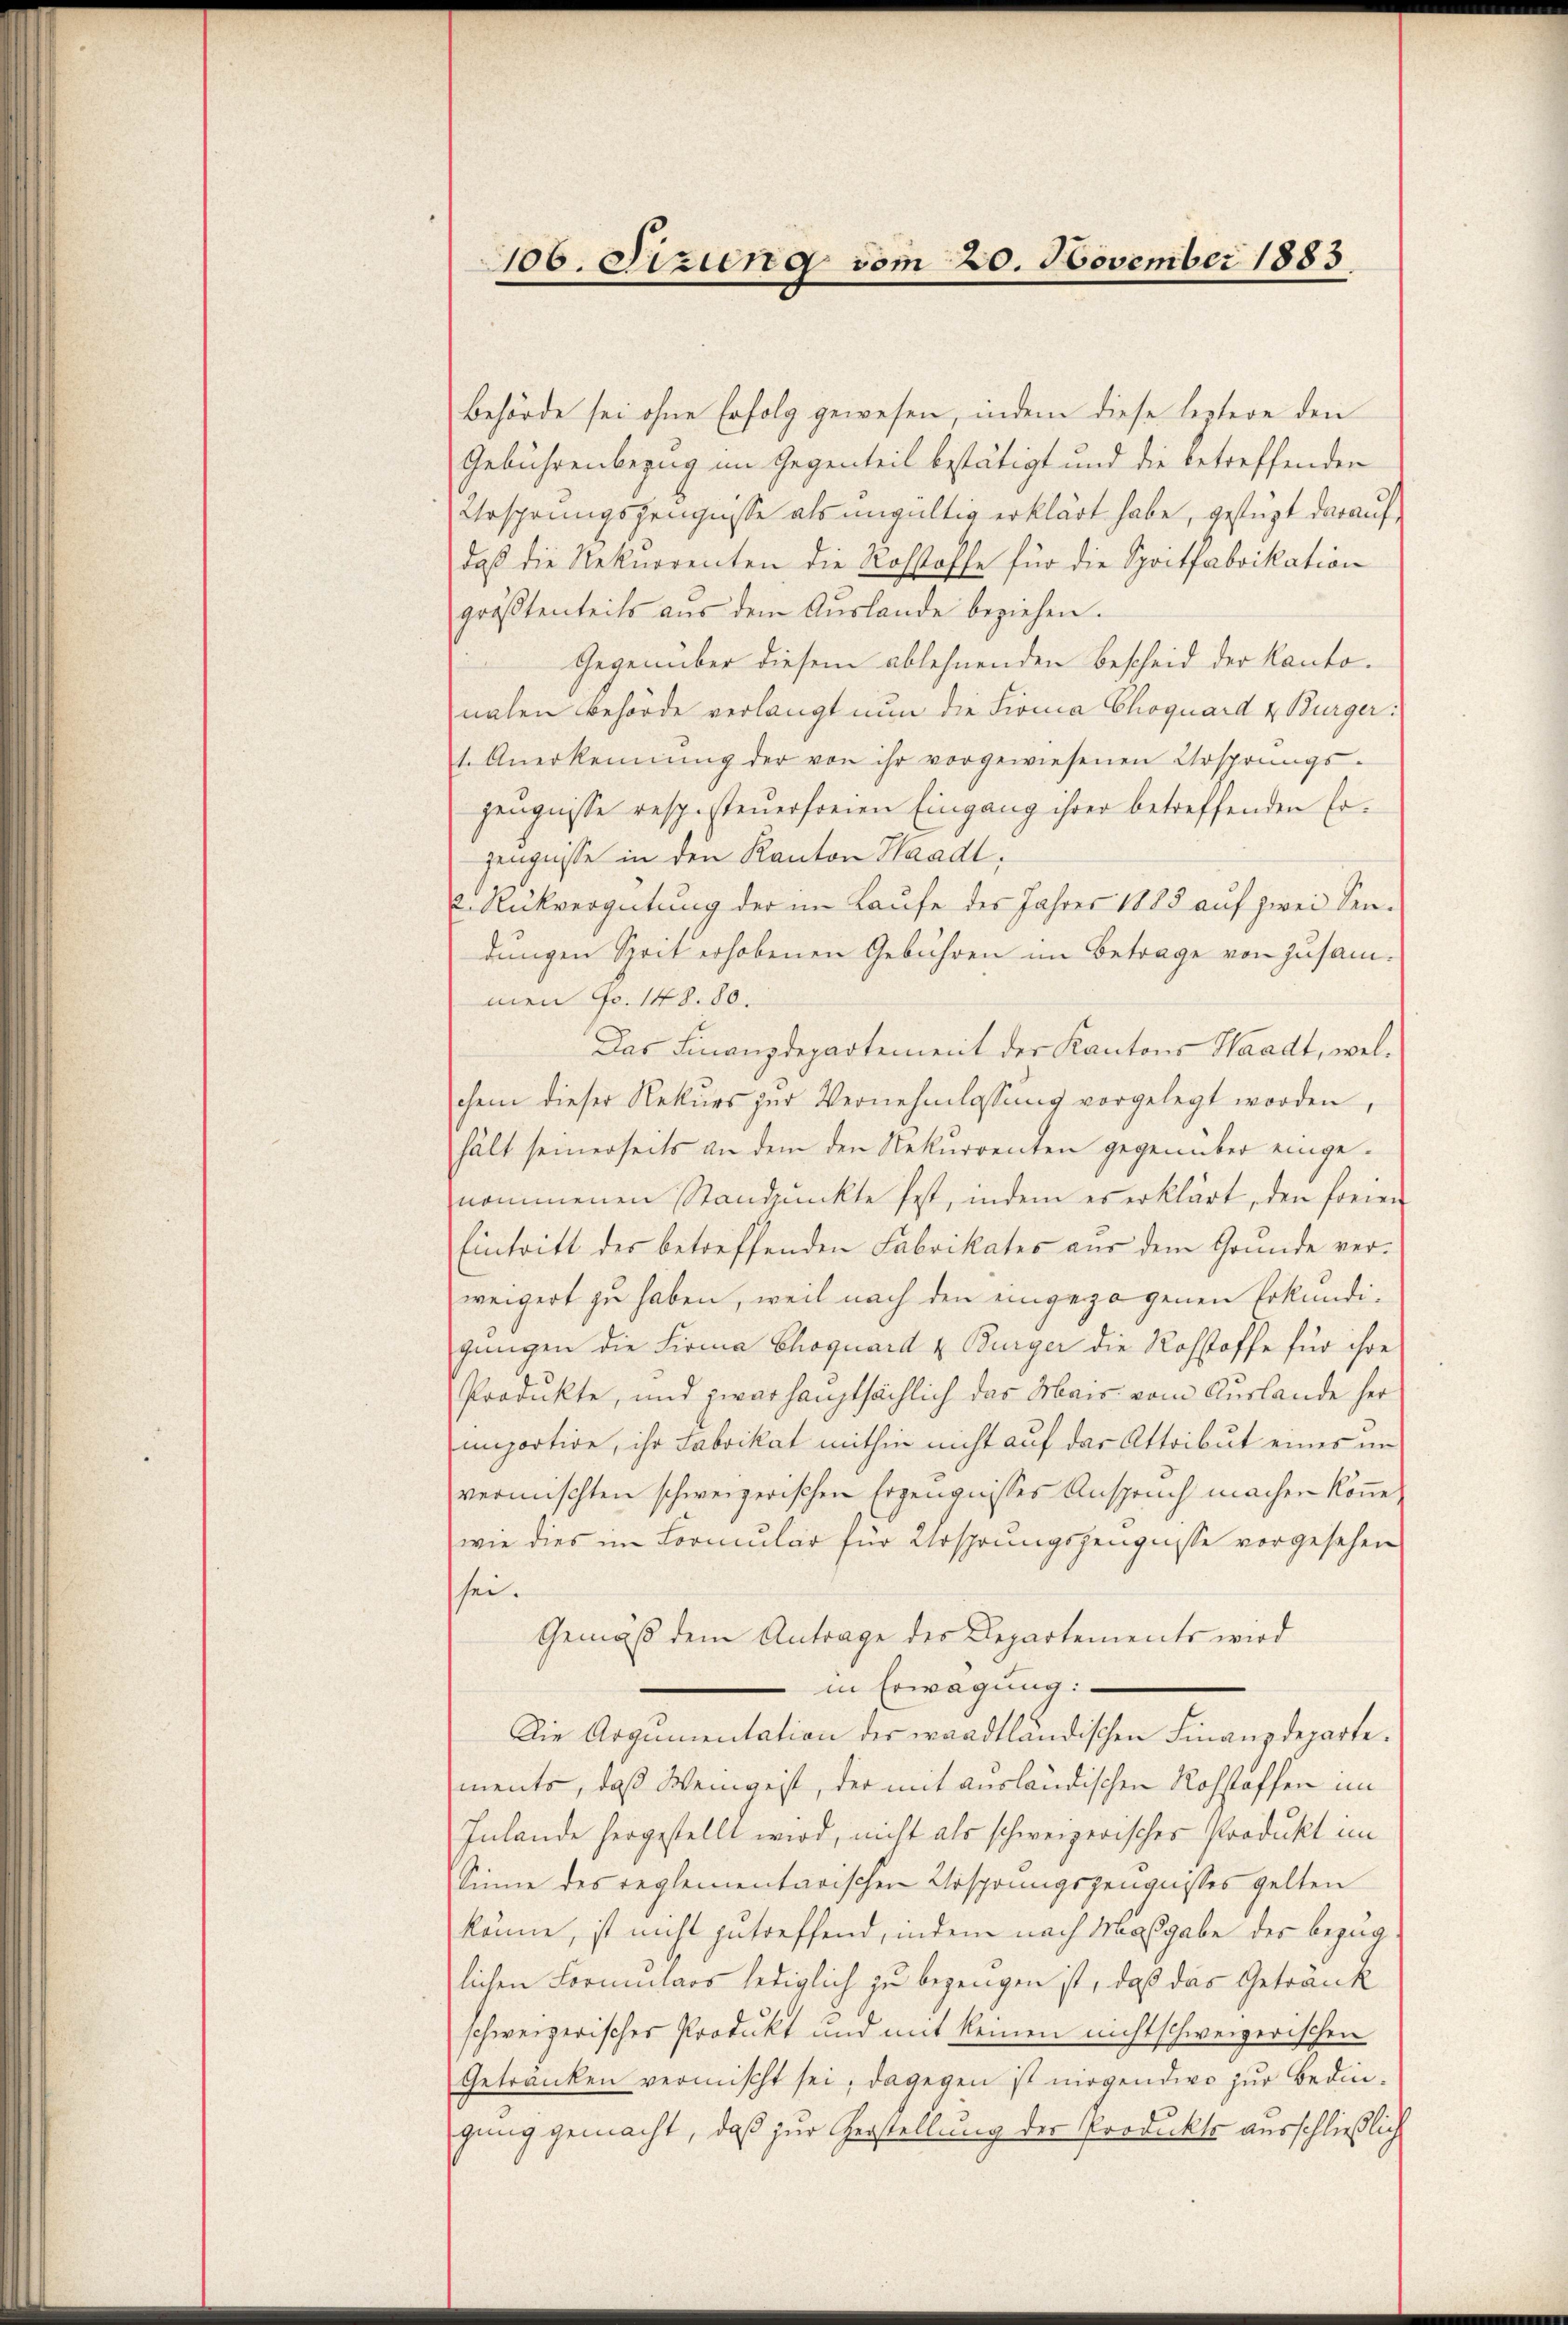
106. Sizung vom 20. November 1883.

Behörde sei ohne Erfolg gewesen, indem diese leztere den
Gebührenbezug im Gegenteil bestätigt und die betreffenden
Ursprungszeugnisse als ungültig erklärt habe, gestüzt darauf
daß die Rekurrenten die Rohstoffe für die Spritfabrikation
größtenteils aus dem Auslande beziehen.
Gegenüber diesem ablehnenden Bescheid der Kantonahen Behörde verlangt nun die Firma Choquard & Bürger:
1. Anerkennung der von ihr vorgewiesenen Ursprungs-
Zeugnisse resp. steuerfreien Eingang ihrer betreffenden Er¬
Zeugnisse in den Kanton Waadt,
u. Rückvergütung der im Laufe des Jahres 1883 auf zwei Sendungen Sprit erhobenen Gebühren im Betrage von zusammen Fr. 148. 80.
Das Finanzdepartement der Kantons Waadt, welchem dieser Rekŭrs zŭr Vernehmlassŭng vorgelegt worden,
hält seinerseits an dem den Rekurrenten gegenüber eingenommenen Standpŭnkte fest, indem er erklärt, den freien
Eintritt des betreffenden Fabrikates aus dem Grunde verweigert zu haben, weil nach den eingezogenen Erkundigangen die Firma Choquard u. Bürger die Rohstoffe für ihre
Produkte, und zwar hauptsächlich das Mais vom Auslande her
importion, ihr Fabrikat mithin nicht auf das Attribut eines un
vermischten schweizerischen Erzeugnisses Anspruch machen könne,
wie dies im Formular für Ursprungszeugnisse vorgesehen
sei.
Gemäß dem Antrage des Departements wird
in Erwägung:
Die Argumentation der waadtländischen Finanzdeparte.
ments, daß Weingeist, der mit ausländischen Rohstoffen im
Inlande hergestellt wird, nicht als schweizerisches Produkt im
Sinne des reglementarischen Ursprungszeugnisses gelten
könne, ist nicht zutreffend, indem nach Maßgabe des Bezug
lichen Formulars lediglich zu bezeugen ist, daß das Getränk
schweizerisches Produkt und mit keinen nicht schweizerischen
Getranken vermischt sei; dagegen ist mögendwo zur Bedin
gung gemacht, daß zur Gerstellung der Produkte ausschließlich